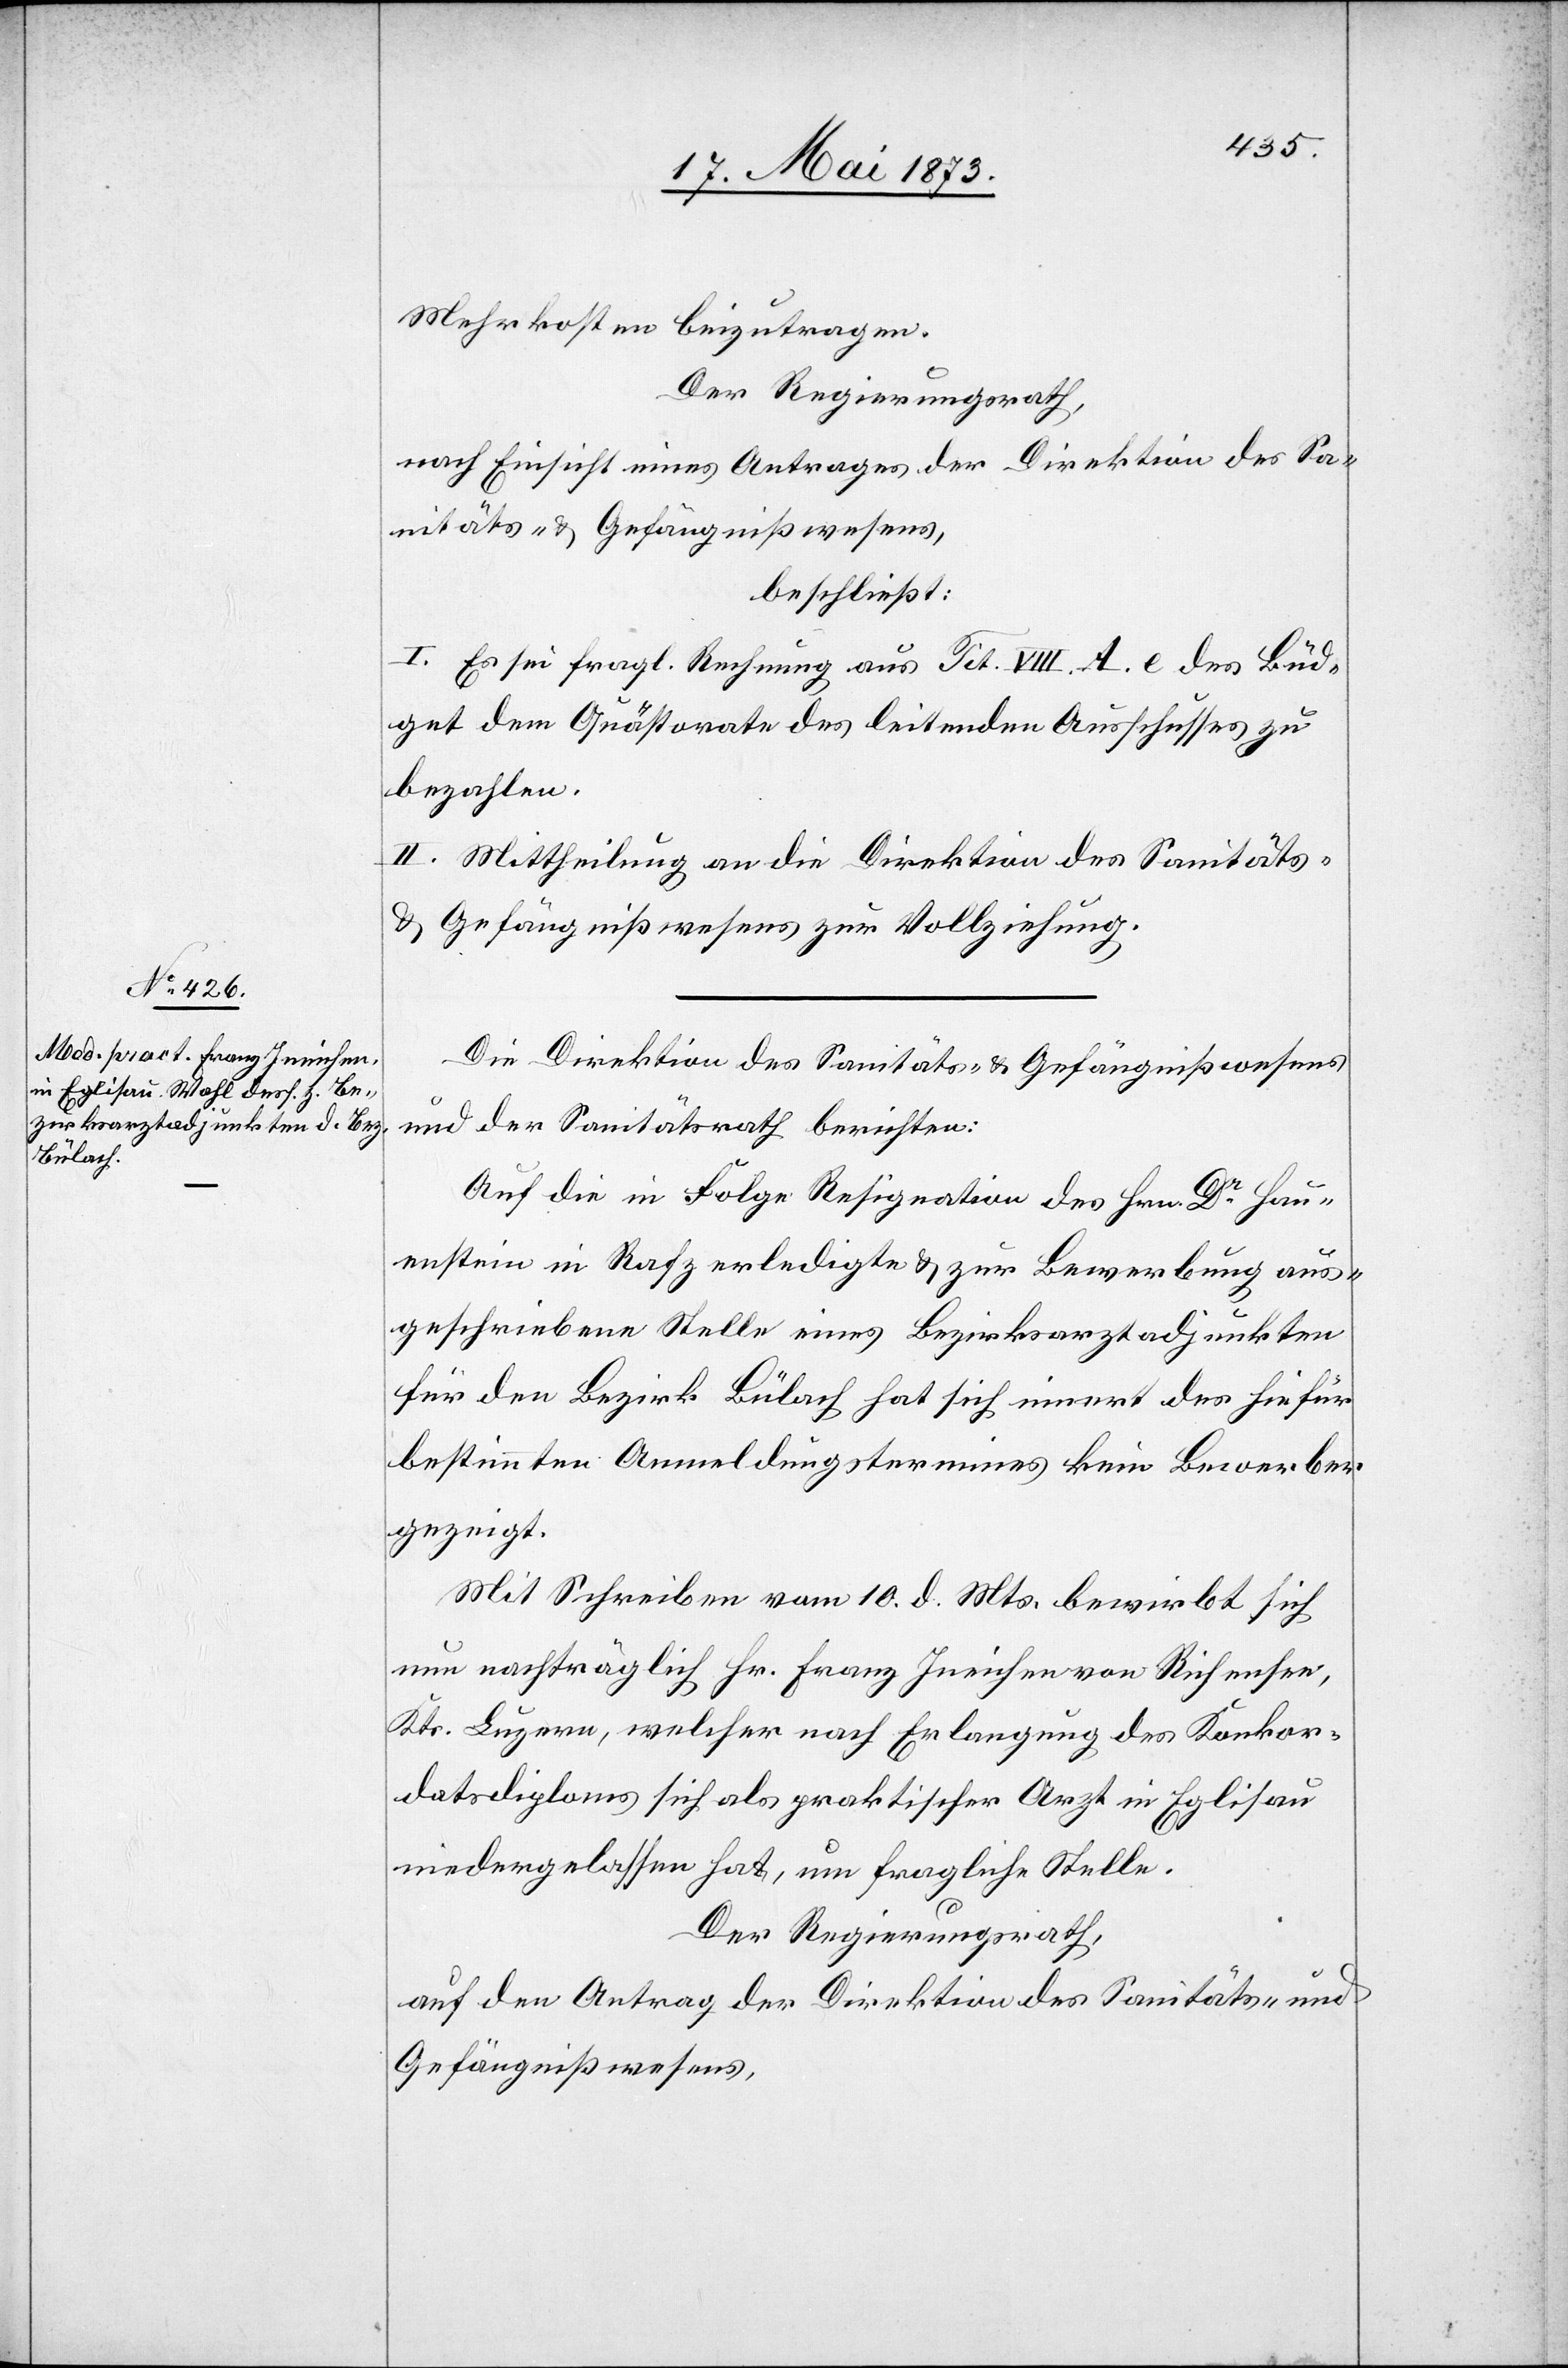
Mehrkosten beizutragen.
Der Regierungsrath,
nach Einsicht eines Antrages der Direktion des Sa¬
nitäts- & Gefängnißwesens,
beschließt:
I. Es sei fragl. Rechnung aus Tit. VIII. A. e. des Büd¬
get dem Quästorate des leitenden Ausschusses zu
bezahlen.
II. Mittheilung an die Direktion des Sanitäts-
& Gefängnißwesens zur Vollziehung.
Die Direktion des Sanitäts- & Gefängnißwesens
und der Sanitätsrath berichten:
Auf die in Folge Resignation des Hrn. Dr Hau¬
enstein in Rafz erledigte & zur Bewerbung aus¬
geschriebene Stelle eines Bezirksarztadjunkten
für den Bezirk Bülach hat sich innert des hiefür
bestimmten Anmeldungstermines kein Bewerber
gezeigt.
Mit Schreiben vom 10. d. Mts. bewirbt sich
nun nachträglich Hr. Franz Ineichen von Richensee,
Kts. Luzern, welcher nach Erlangung des Konkor¬
datsdiploms sich als praktischer Arzt in Eglisau
niedergelassen hat, um fragliche Stelle.
Der Regierungsrath,
auf den Antrag der Direktion des Sanitäts- und
Gefängnißwesens,